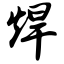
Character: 焊